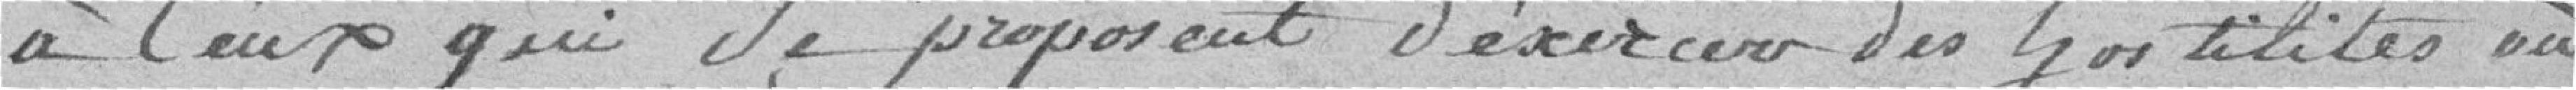
à ceux qui se proposent d'exercer des hostilités où